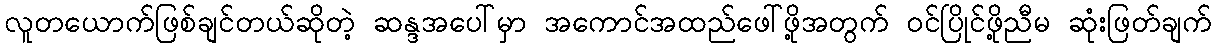
လူတယောက်ဖြစ်ချင်တယ်ဆိုတဲ့ ဆန္ဒအပေါ်မှာ အကောင်အထည်ဖေါ်ဖို့အတွက် ဝင်ပြိုင်ဖို့ညီမ ဆုံးဖြတ်ချက်